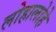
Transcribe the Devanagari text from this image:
लोहालोहे